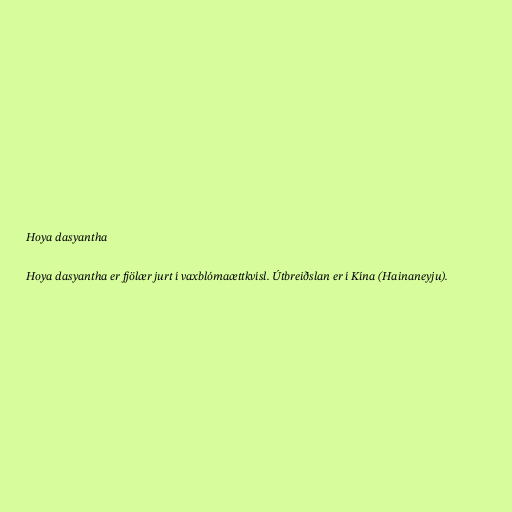
Hoya dasyantha

Hoya dasyantha er fjölær jurt í vaxblómaættkvísl. Útbreiðslan er í Kína (Hainaneyju).